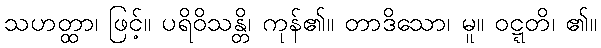
သဟတ္ထာ၊ ဖြင့်။ ပရိဝိသန္တိ၊ ကုန်၏။ တာဒိသော၊ မူ။ ဝဋ္ဋတိ၊ ၏။